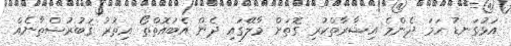
އަޅުގަނޑު ހަމަ ދެންމެ އިޝާރާތްކުރި ގޮތަށް މާލޭގައި ދެން އެބައޮތްތޯ އިތުރު ޤަބުރުސްތާނެއް